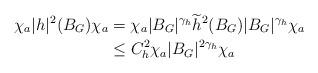
LaTeX: \begin{align*}\chi_a |h|^2(B_G) \chi_a &= \chi_a \vert B_G \vert^{\gamma_h} \widetilde{h}^2(B_G)\vert B_G \vert^{\gamma_h} \chi_a\\&\leq C_h^2 \chi_a \vert B_G \vert^{2\gamma_h} \chi_a \end{align*}